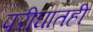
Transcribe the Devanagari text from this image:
परीघातही